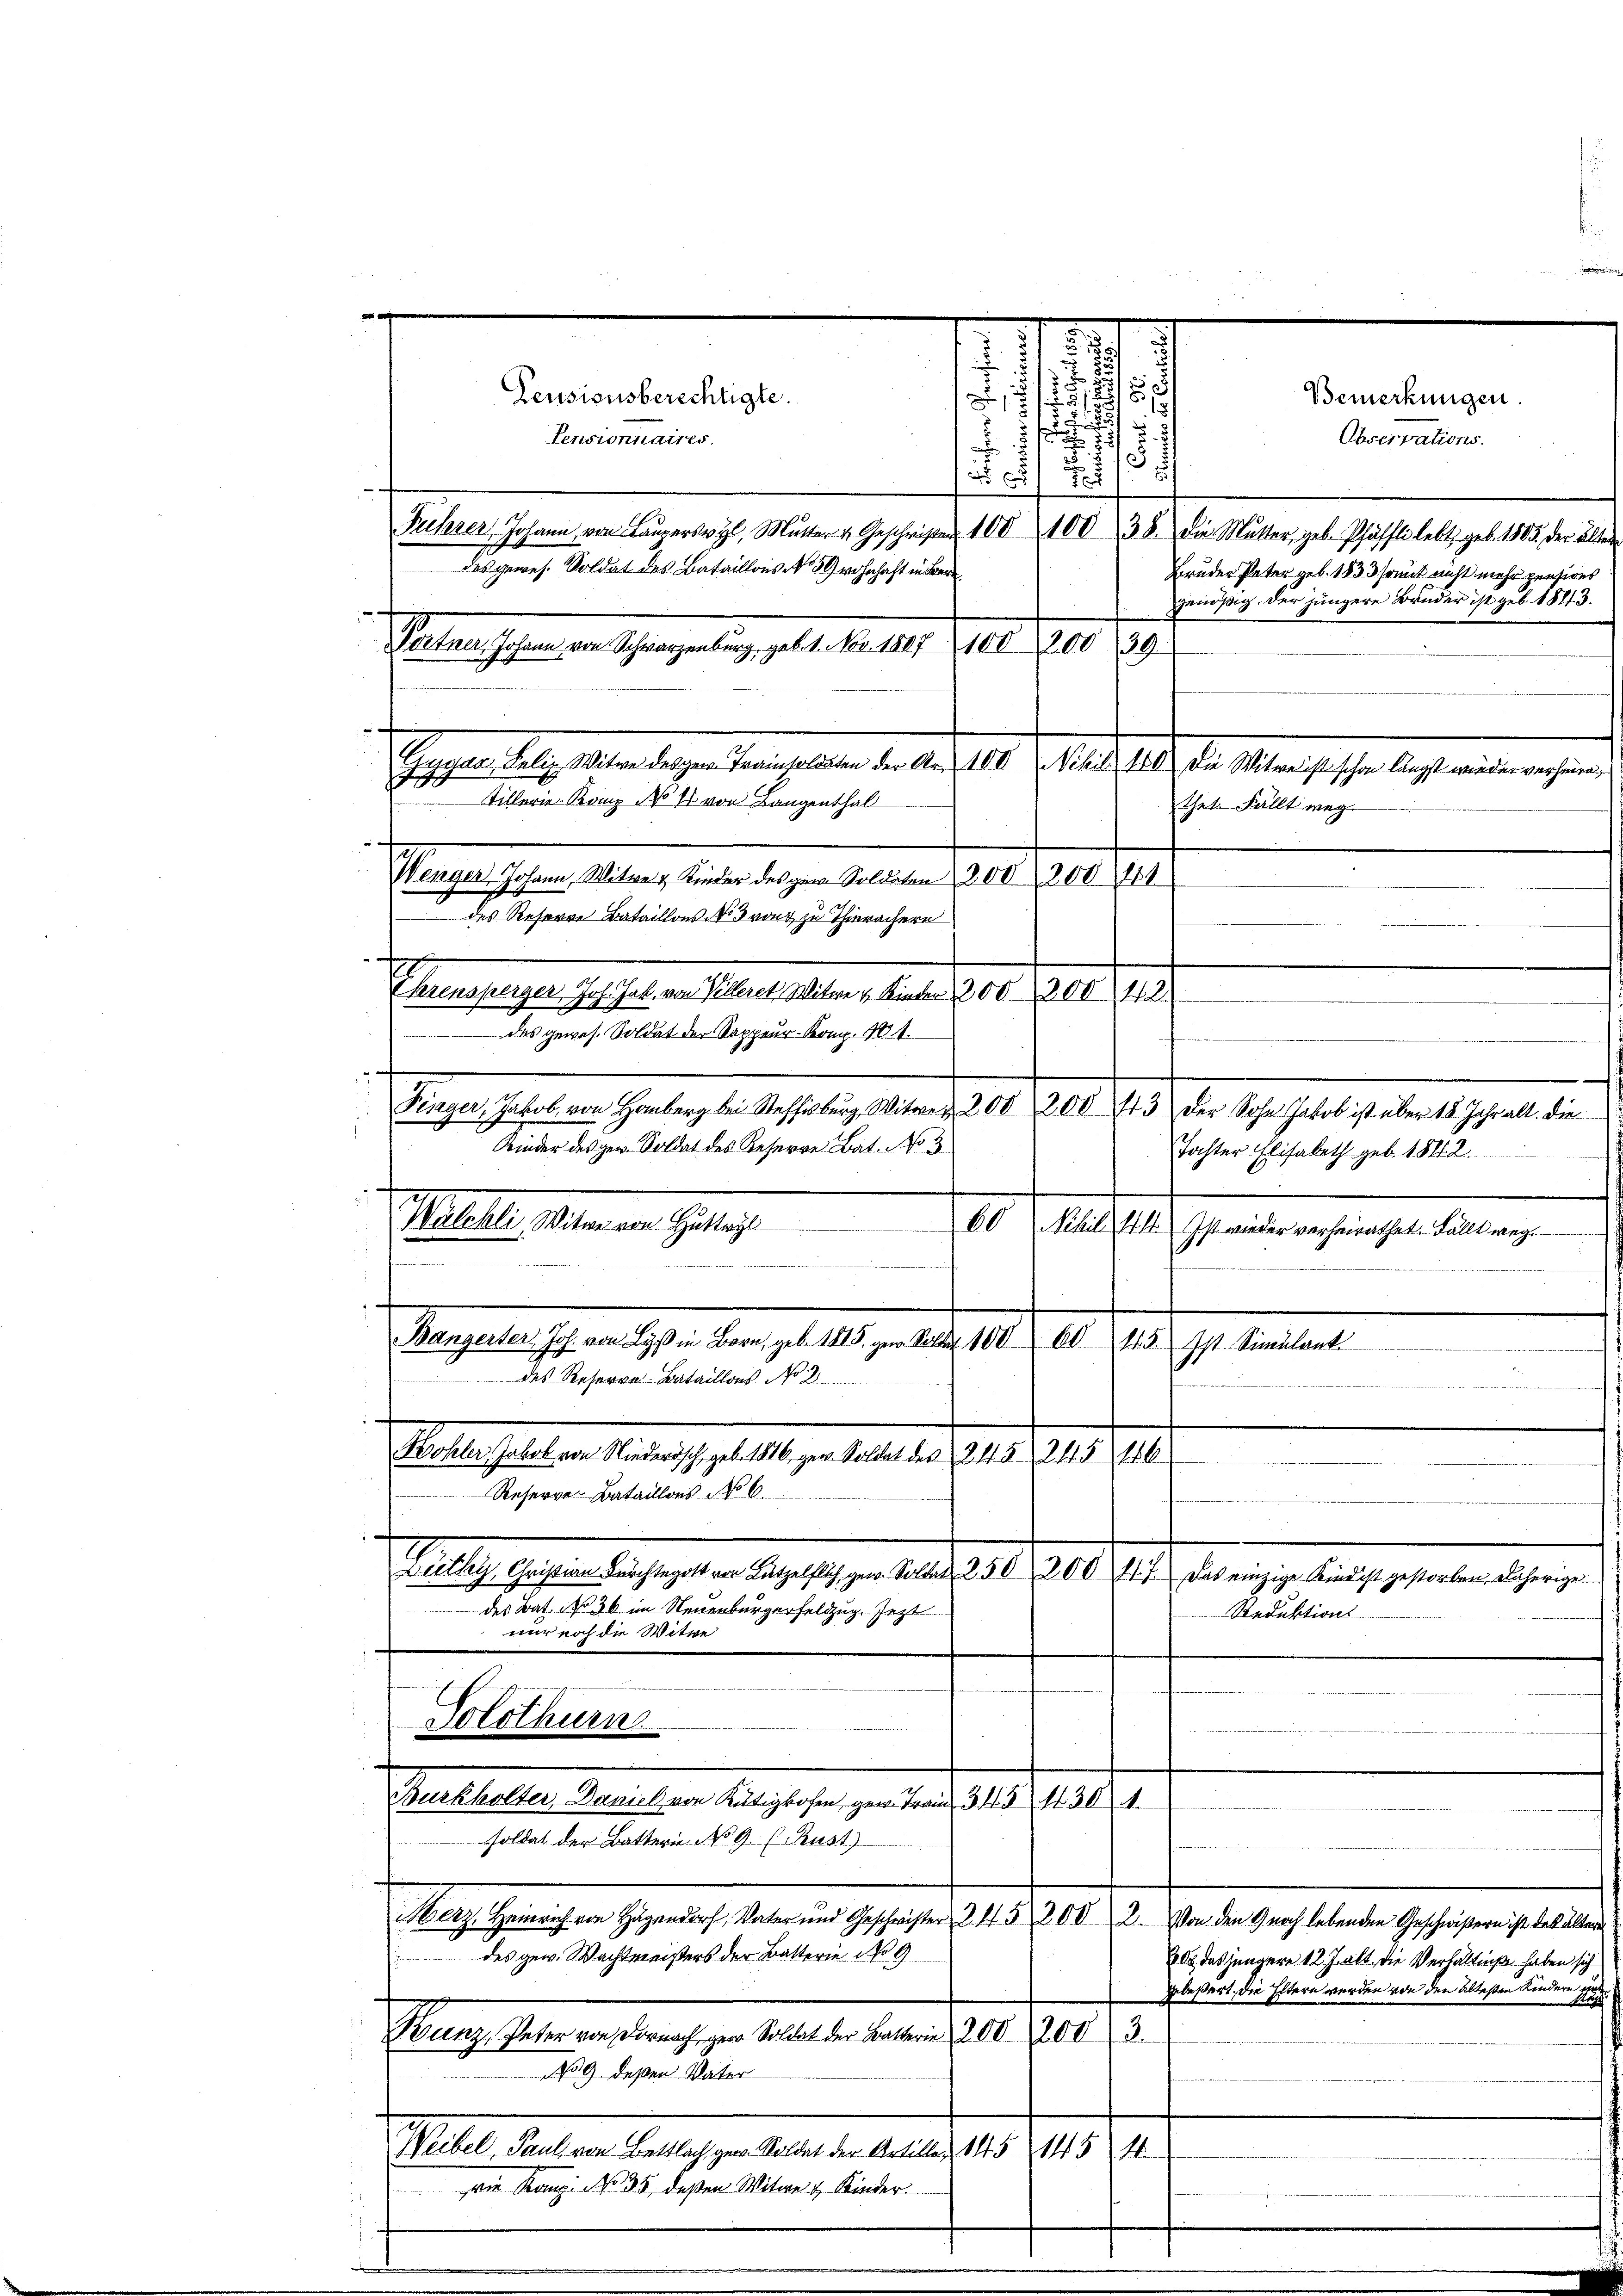
Zeusionsberechtigte.
.
Pensionnaires.
.

Fiehrer Johann von Laŭperswyl, Mutter v. Geschriften 100 100 38. Die Mutter, geb. Pfäffti lebt, geb. 1805. der älter
des gewes. Soldat des Bataillons No 50) wohnhaft in Bere
Peten sichen der Schragenburg, gelt d. 141. Febr. 100. 89.

2
Mieten Malten in Geltung
e
ehil
2
41. Ist wieder verheirathet. Fällt weg.
f
Mangeleischen 19ten den 19. 198. v. 10. 1910.
60445. Ist. Simulant
des Reserve-Bataillons No 2
f
Protestalten einen hat die er sehen in der als ei
Reserve-Bataillons No 6.
etlich sehen des ersten des sie er den 21. 2. 710. Jahr bereicher den gegen den dagegen
des Bat. No 36. im Neuenburgerfeldzug. Jezt
Reduktions
nur noch die Witwe

Solothurn

legen des Man diesen seine alten den S. 10. d. M. er der Man gesche beste einen gegen
u
Tillerie Komp No 4 von Langenthalt
thet. Fällt weg
Wenger, Johann, Witwe 4 Kinder des gen. Soldaten 300 20041
des Reserre Bataillons No 3 von zu Thierachern
Ehrensperger, Joh. Jak. von Teileret, Witwe Kinder 200. 300 421
des gewes. Soldat der Sappeur- Komp. N 1.
Seges Gesetzen hieben, da derselben aber 190 90. 1904 hat der Mehrheit geben gehalte der
Kinder des her. Soldat des Reserre Bat. No 3
Tochter Elisabeth geb. 1842.

Planes seinen danach zu erhalten aber 1810. 200
39 deßen Vater
Weibel Paul, von Bettlach, ger. Soldat der Artille 105. 145
rie Kanz. No. 35. deßen Witwe v. Kinder.

u

Ventueller Salischen des gehen, an der 1815. 1818. 1.
soldat der Batterie No 9. Rust)
Herz, Heinrich von Hagen Vater und Geschwister 2 452082.
des gew. Wachtmeisters der Batterie No 9

2
18
7
.
1
.
f
13
.
¬
Bruder Peter geb. 1833 somit nicht mehr pensiret
genößig. Der jüngere Bruder ist geb. 1873.

Bemerkungen.
Observations.

Von den Gnoch lebenden Geschwißern ist das älter
800 das jüngere 12 J. alt, die Verhältniße haben sich
grbeßert, die Eltern werden von den ältesten Kindern se